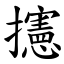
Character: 攇